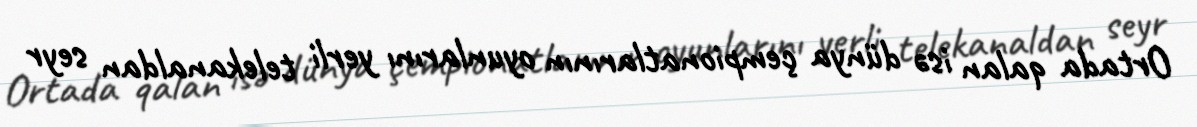
Ortada qalan isə dünya çempionatlarının oyunlarını yerli telekanaldan seyr